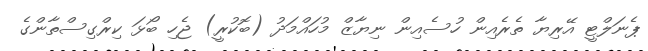
ޕެނަލްޓީ އޭރިޔާ ތެރެއިން ހުސެއިން ނިޔާޒް މުހައްމަދު (ބޮކުރީ) ޖެހި ބޯޅަ ކިރްގިސްތާންގެ